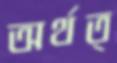
অর্থত্